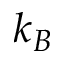
k _ { B }